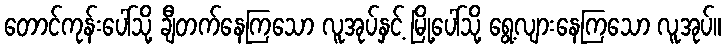
တောင်ကုန်းပေါ်သို့ ချီတက်နေကြသော လူအုပ်နှင့် မြို့ပေါ်သို့ ရွေ့လျားနေကြသော လူအုပ်။